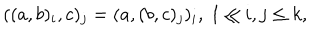
( ( a , b ) _ { i } , c ) _ { j } = ( a , ( b , c ) _ { j } ) _ { i } , \ 1 \leq i , j \leq k ,